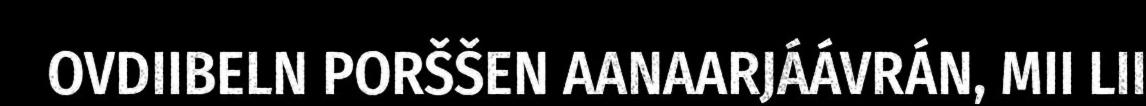
OVDIIBELN PORŠŠEN AANAARJÁÁVRÁN, MII LII